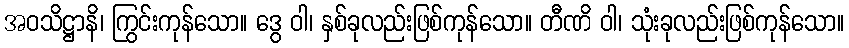
အဝသိဋ္ဌာနိ၊ ကြွင်းကုန်သော။ ဒွေ ဝါ၊ နှစ်ခုလည်းဖြစ်ကုန်သော။ တီဏိ ဝါ၊ သုံးခုလည်းဖြစ်ကုန်သော။